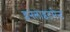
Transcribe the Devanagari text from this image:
इनलाइटमेन्ट